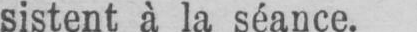
sistent à la séance.